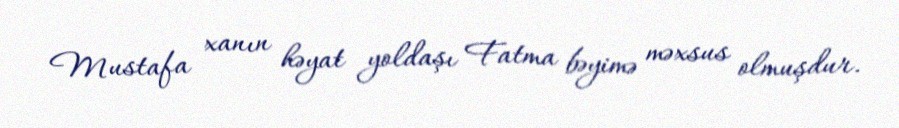
Mustafa xanın həyat yoldaşı Fatma bəyimə məxsus olmuşdur.